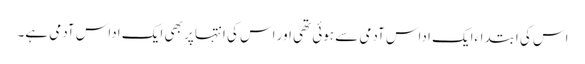
اس کی ابتداءایک اداس آدمی سے ہوئی تھی اور اس کی انتہا پر بھی ایک اداس آدمی ہے۔